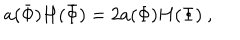
a ( \bar { \Phi } ) H ( \bar { \Phi } ) = 2 a ( \Phi ) H ( \Phi ) \ ,